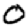
Digit: 0